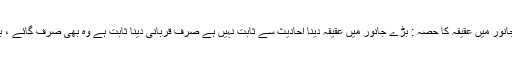
قربانی کےبڑے جانور میں عقیقہ کا حصہ : بڑے جانور میں عقیقہ دینا احادیث سے ثابت نہیں ہے صرف قربانی دینا ثابت ہے وہ بھی صرف گائے ، بیل اور اونٹ میں ۔